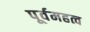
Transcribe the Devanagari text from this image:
पूर्वमहत्व